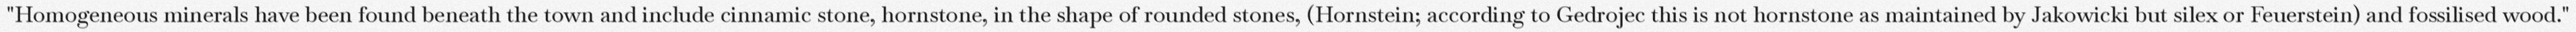
"Homogeneous minerals have been found beneath the town and include cinnamic stone, hornstone, in the shape of rounded stones, (Hornstein; according to Gedrojec this is not hornstone as maintained by Jakowicki but silex or Feuerstein) and fossilised wood."